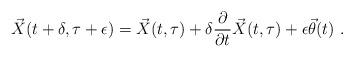
LaTeX: \begin{align*}{\vec{X}}(t+\delta,\tau+\epsilon) = {\vec{X}}(t,\tau) +\delta \frac{\partial}{\partial t} {\vec{X}}(t,\tau) +\epsilon {\vec{\theta}}(t) \ .\end{align*}